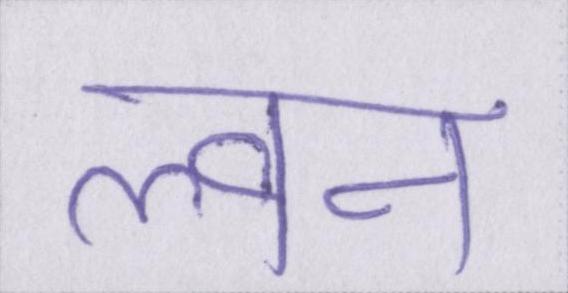
ल्वन